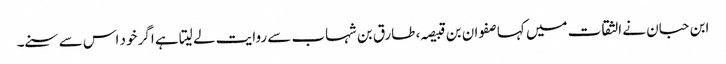
ابن حبان نے الثقات میں کہا صفوان بن قبیصہ، طارق بن شہاب سے روایت لے لیتا ہے اگر خود اس سے سنے۔